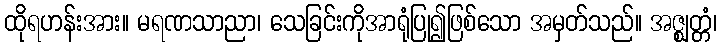
ထိုရဟန်းအား။ မရဏသာညာ၊ သေခြင်းကိုအာရုံပြု၍ဖြစ်သော အမှတ်သည်။ အဇ္ဈတ္တံ၊